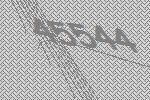
45544